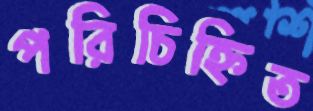
পরিচিহ্নিত